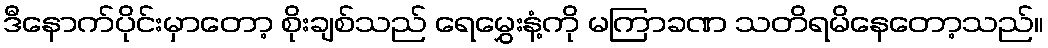
ဒီနောက်ပိုင်းမှာတော့ စိုးချစ်သည် ရေမွှေးနံ့ကို မကြာခဏ သတိရမိနေတော့သည်။